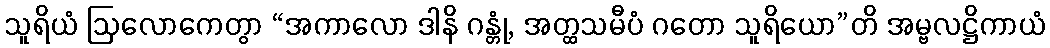
သူရိယံ ဩလောကေတွာ “အကာလော ဒါနိ ဂန္တုံ, အတ္ထသမီပံ ဂတော သူရိယော”တိ အမ္ဗလဋ္ဌိကာယံ